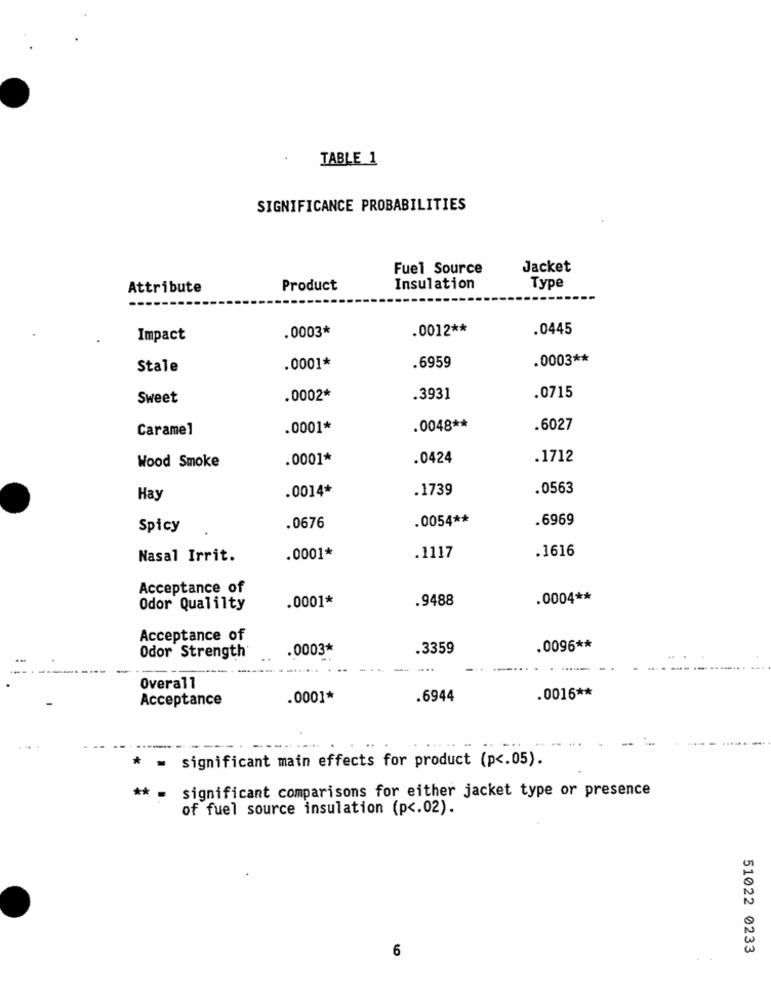
TABLE 1
SIGNIFICANCE PROBABILITIES
Fuel Source
Jacket
Attribute
Product
Insulation
Type
.0003*
.0012 **
.0445
Impact
.0003 **
Stale
.0001*
.6959
Sweet
.0002*
.3931
.0715
Caramel
.0001*
.0048 **
.6027
Wood Smoke
.0001*
.0424
.1712
.0014*
.1739
.0563
Hay
.0054 **
.6969
Spicy
.0676
.1616
Nasal Irrit.
.0001*
.1117
Acceptance of
.0001*
.9488
.0004 **
Odor Qualilty
Acceptance of
.0003*
.3359
.0096 **
Odor Strength
Overall
Acceptance
.0001*
.6944
.0016 **
= significant main effects for product (p <. 05).
** = significant comparisons for either jacket type or presence
of fuel source insulation (p <. 02).
51022 0233